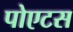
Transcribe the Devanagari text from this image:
पोएटस